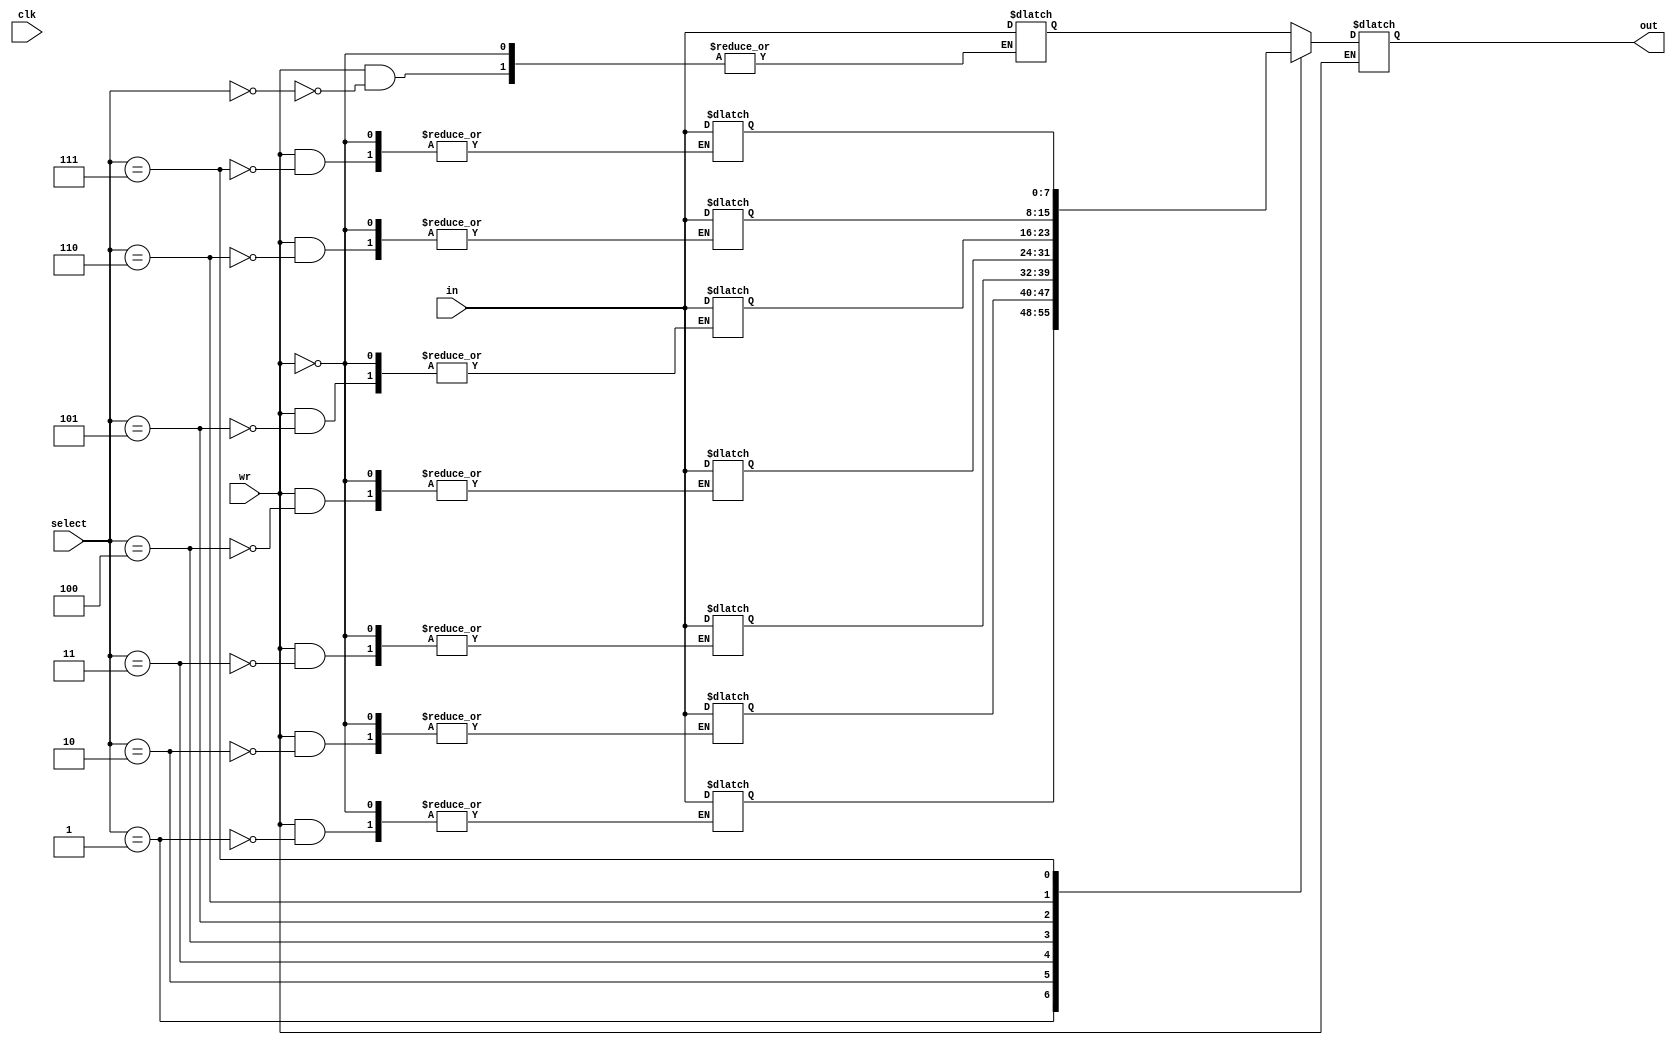
`timescale 1ns / 1ps
//////////////////////////////////////////////////////////////////////////////////
// Company: 
// Engineer: 
// 
// Design Name: 
// Module Name: singleportram
// Project Name: 
// Target Devices: 
// Tool Versions: 
// Description: 
// 
// Dependencies: 
// 
// Revision:
// Revision 0.01 - File Created
// Additional Comments:
// 
//////////////////////////////////////////////////////////////////////////////////


module singleportram(input clk,
input [7:0] in,
input [2:0]  select,
input wr,
output reg [7:0] out);
reg [7:0] ram [7:0];
always@(clk)
begin
if (wr)
ram[select]<=in;
else
if (!wr)
out<=ram[select];
else
out<=8'bzzzzzzzz;

end
endmodule